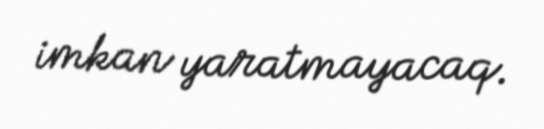
imkan yaratmayacaq.